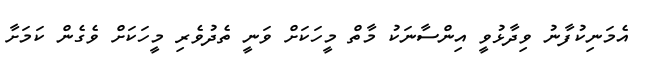
އެމަނިކުފާނު ވިދާޅުވީ އިންސާނަކު މާތް މީހަކަށް ވަނީ ތެދުވެރި މީހަކަށް ވެގެން ކަމަށާ